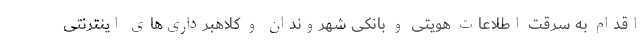
اقدام به سرقت اطلاعات هویتی و بانکی شهروندان و کلاهبرداری‌های اینترنتی